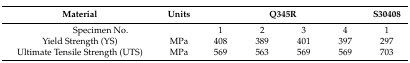
| Material | Units | <COLSPAN=4> Q345R | S30408 |
 | --- | --- | --- | --- | --- | --- | --- |
 | <COLSPAN=2> Specimen No. | 1 | 2 | 3 | 4 | 1 |
 | Yield Strength (YS) | MPa | 408 | 389 | 401 | 397 | 297 |
 | Ultimate Tensile Strength (UTS) | MPa | 569 | 563 | 569 | 569 | 703 |